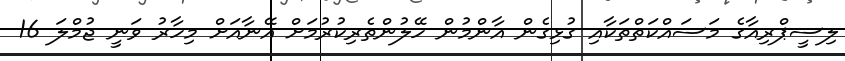
ލިސީޕްރިއާގެ މަސައްކަތްތަކާއި ގުޅިގެން އާންމުން ހޭލުންތެރިކުރުމަށް އޭނާއަށް މިހާރު ވަނީ ޖުމްލަ 16